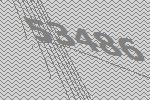
53486